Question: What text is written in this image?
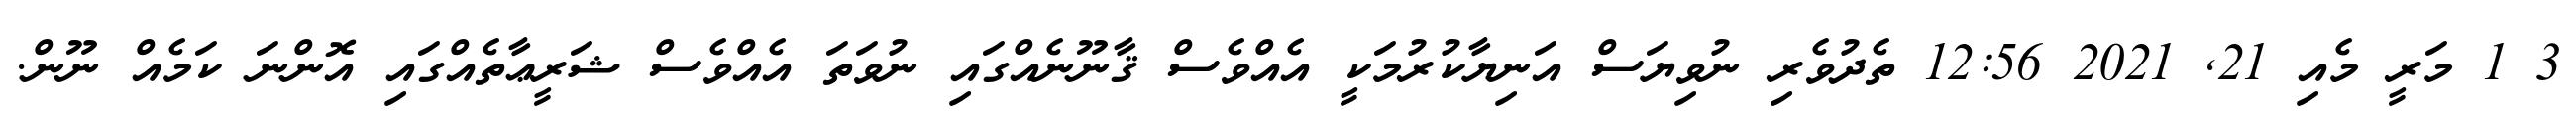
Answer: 3 1 މަރީ މެއި 21, 2021 12:56 ތެދުވެރި ނުވިޔަސް އަނިޔާކުރުމަކީ އެއްވެސް ޤާނޫނެއްގައި ނުވަތަ އެއްވެސް ޝަރީޢާތެއްގައި އޮންނަ ކަމެއް ނޫން.